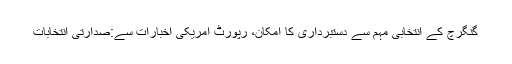
گنگرچ کے انتخابی مہم سے دستبرداری کا امکان، رپورٹ امریکی اخبارات سے:صدارتی انتخابات